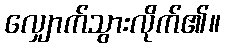
လျှောက်သွားလိုက်၏။